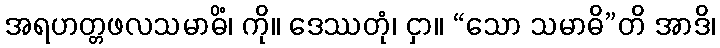
အရဟတ္တဖလသမာဓိံ၊ ကို။ ဒေဿတုံ၊ ငှာ။ “သော သမာဓိ”တိ အာဒိ၊